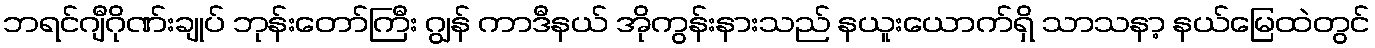
ဘရင်ဂျီဂိုဏ်းချုပ် ဘုန်းတော်ကြီး ဂျွန် ကာဒီနယ် အိုကွန်းနားသည် နယူးယောက်ရှိ သာသနာ့ နယ်မြေထဲတွင်